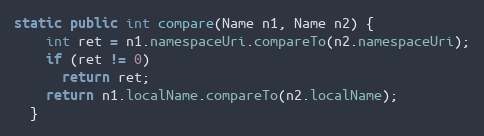
Language: Java
static public int compare(Name n1, Name n2) {
    int ret = n1.namespaceUri.compareTo(n2.namespaceUri);
    if (ret != 0)
      return ret;
    return n1.localName.compareTo(n2.localName);
  }